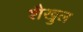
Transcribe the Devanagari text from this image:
शैखुल